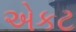
એકટ